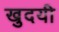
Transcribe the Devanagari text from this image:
खुदयी